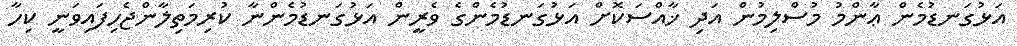
އަޅުގަނޑުމެން ޢާންމު މުސްލިމުން އަދި ޚާއްސަކޮށް އަޅުގަނޑުމެންގެ ވެރީން އަޅުގަނޑުމެންނާ ކުރިމަތިލާންޖެހިފައިވަނީ ކިހާ